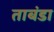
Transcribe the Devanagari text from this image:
ताबंडा